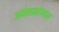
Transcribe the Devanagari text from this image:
अबेलमोस्चस